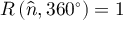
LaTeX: R \left( { \hat { n } } , 3 6 0 ^ { \circ } \right) = 1